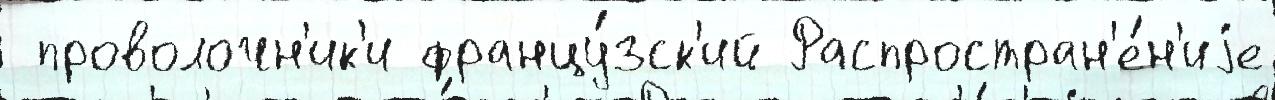
 проволочн'ик'и францу́зск'ий Распростран'е́н'иjе